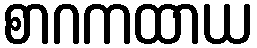
စာဂကထာယ